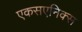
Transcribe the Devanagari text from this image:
एकसएनिक्स